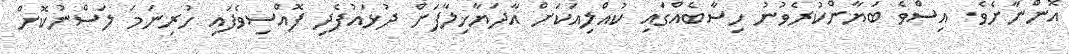
އޮންނާށެވެ. އިސްވެ ބަޔާންކުރެވުނު ހިސާބެއްގައި ކުއްލިއަކަށް އާދަޔާޚިލާފަށް ދުޅައުފެދި ފޮއްސިވެފައި ހުރިނަމަ ލަސްނުކޮށް